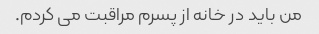
من باید در خانه از پسرم مراقبت می کردم.